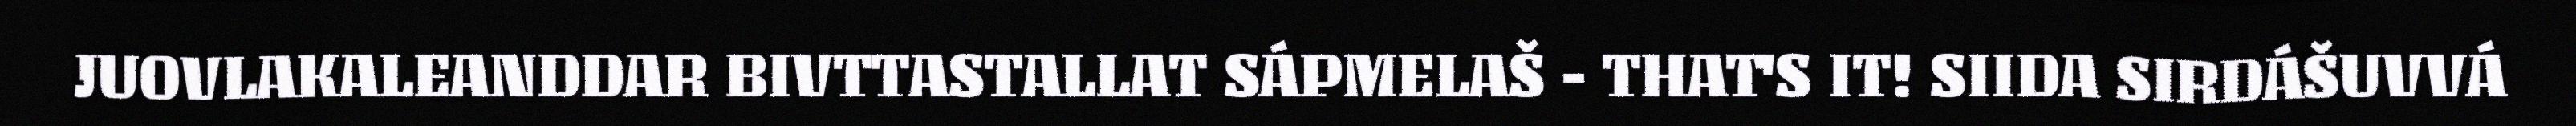
JUOVLAKALEANDDAR BIVTTASTALLAT SÁPMELAŠ - THAT'S IT! SIIDA SIRDÁŠUVVÁ